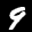
Label: 9